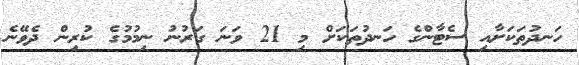
ހަނދުތަކަށާއި ސެޓާންގެ ހަނދުތަކަށް މި 21 ވަނަ ގަރުނު ނިމުމުގެ ކުރިން ދެވޭނެ